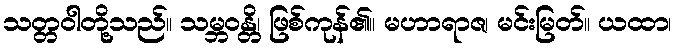
သတ္တဝါတို့သည်။ သမ္ဘဝန္တိ၊ ဖြစ်ကုန်၏။ မဟာရာဇ၊ မင်းမြတ်။ ယထာ၊